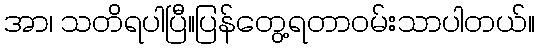
အာ၊ သတိရပါပြီ။ပြန်တွေ့ရတာဝမ်းသာပါတယ်။